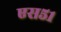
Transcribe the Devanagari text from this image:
एस५१